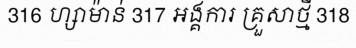
316 ហ្សាម៉ាន់ 317 អង្គការ គ្រួសាថ្មី 318